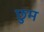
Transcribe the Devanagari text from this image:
छुम